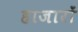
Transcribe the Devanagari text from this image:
हाजारों